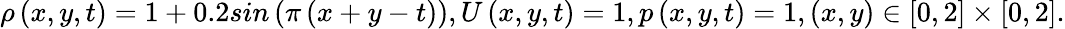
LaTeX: \rho\left(x,y,t\right)=1+0.2sin\left(\pi\left(x+y-t\right)\right),U\left(x,y,t\right)=1,p\left(x,y,t\right)=1,\left(x,y\right)\in\left[0,2\right]\times\left[0,2\right].